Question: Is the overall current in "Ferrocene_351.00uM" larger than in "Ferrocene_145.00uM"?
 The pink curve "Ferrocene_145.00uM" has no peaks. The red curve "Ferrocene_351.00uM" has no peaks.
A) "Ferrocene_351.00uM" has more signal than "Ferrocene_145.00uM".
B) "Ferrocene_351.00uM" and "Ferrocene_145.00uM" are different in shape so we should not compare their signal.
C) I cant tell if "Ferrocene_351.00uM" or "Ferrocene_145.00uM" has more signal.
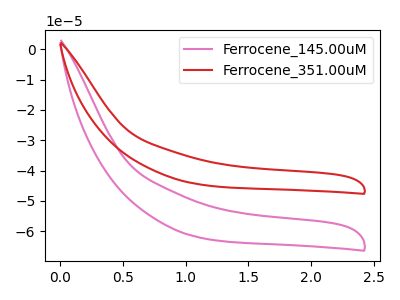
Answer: <think>Neither "Ferrocene_351.00uM" or "Ferrocene_145.00uM" have any peaks.
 </think>
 <answer>C) I cant tell if "Ferrocene_351.00uM" or "Ferrocene_145.00uM" has more signal.</answer>
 <eval>C</eval>